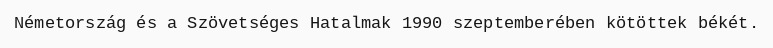
Németország és a Szövetséges Hatalmak 1990 szeptemberében kötöttek békét.